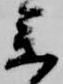
参